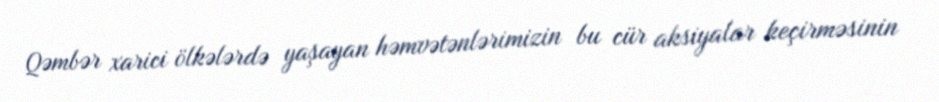
Qəmbər xarici ölkələrdə yaşayan həmvətənlərimizin bu cür aksiyalar keçirməsinin